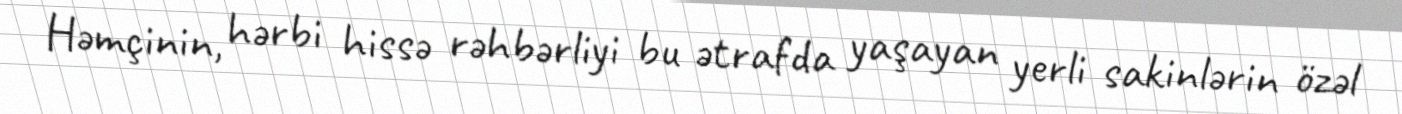
Həmçinin, hərbi hissə rəhbərliyi bu ətrafda yaşayan yerli sakinlərin özəl